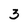
Character: 3